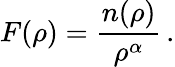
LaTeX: F(\rho)=\frac{n(\rho)}{\rho^{\alpha}}\, .